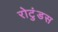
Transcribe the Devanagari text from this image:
रोटुंडस